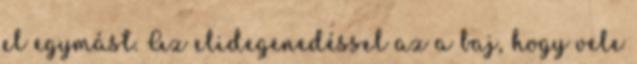
el egymást. Az elidegenedéssel az a baj, hogy vele